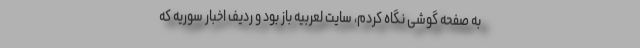
به صفحه گوشی نگاه کردم، سایت لعربیه باز بود و ردیف اخبار سوریه که